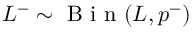
L ^ { - } \sim \mathrm { ~ B ~ i ~ n ~ } ( L , p ^ { - } )